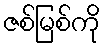
ဇစ်မြစ်ကို